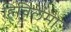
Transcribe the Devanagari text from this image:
हिचिलेमा